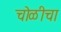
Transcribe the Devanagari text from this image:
चोळीचा